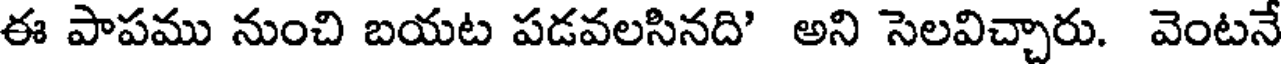
ఈ పాపము నుంచి బయట పడవలసినది' అని సెలవిచ్చారు. వెంటనే